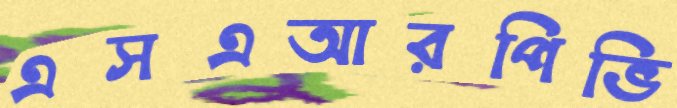
এসএআরপিভি